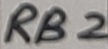
Text: RB2